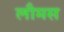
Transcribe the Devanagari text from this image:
लौमस